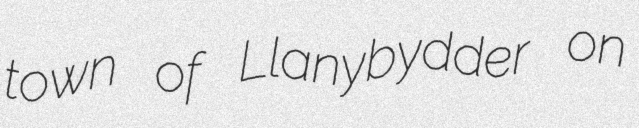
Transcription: town of Llanybydder on